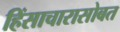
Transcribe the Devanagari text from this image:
हिंसाचारासोबत